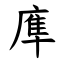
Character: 㢑